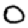
Digit: 0